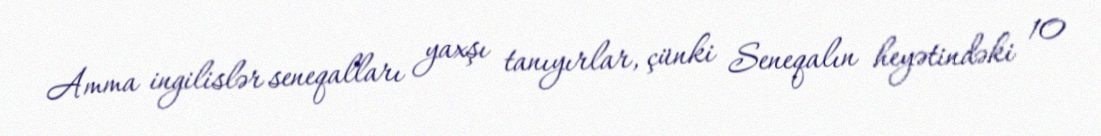
Amma ingilislər seneqalları yaxşı tanıyırlar, çünki Seneqalın heyətindəki 10